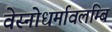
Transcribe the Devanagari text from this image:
वेस्नोधर्मावलम्बि